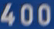
400